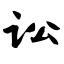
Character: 讼